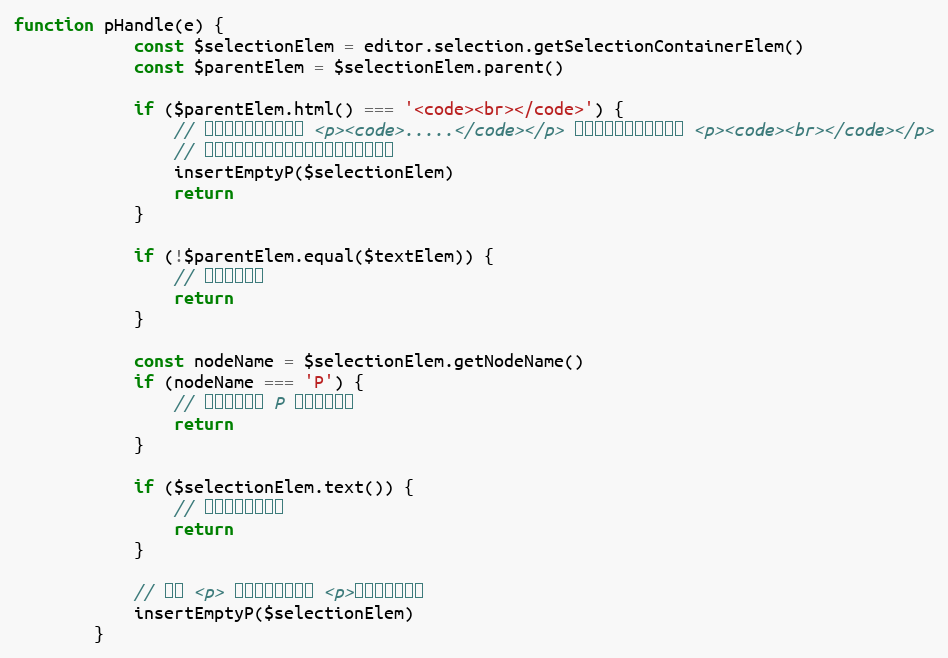
Language: JavaScript
function pHandle(e) {
            const $selectionElem = editor.selection.getSelectionContainerElem()
            const $parentElem = $selectionElem.parent()

            if ($parentElem.html() === '<code><br></code>') {
                // 回车之前光标所在一个 <p><code>.....</code></p> ，忽然回车生成一个空的 <p><code><br></code></p>
                // 而且继续回车跳不出去，因此只能特殊处理
                insertEmptyP($selectionElem)
                return
            }

            if (!$parentElem.equal($textElem)) {
                // 不是顶级标签
                return
            }

            const nodeName = $selectionElem.getNodeName()
            if (nodeName === 'P') {
                // 当前的标签是 P ，不用做处理
                return
            }

            if ($selectionElem.text()) {
                // 有内容，不做处理
                return
            }

            // 插入 <p> ，并将选取定位到 <p>，删除当前标签
            insertEmptyP($selectionElem)
        }